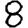
Digit: 8